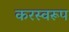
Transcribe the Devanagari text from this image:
करस्वरूप